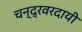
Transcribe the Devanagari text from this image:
चन्द्रवरदायी